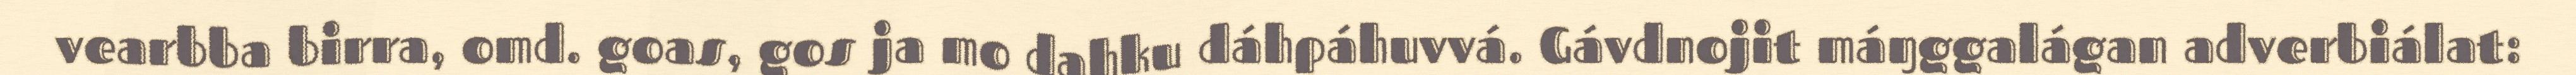
vearbba birra, omd. goas, gos ja mo dahku dáhpáhuvvá. Gávdnojit máŋggalágan adverbiálat: